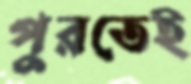
পুরতেই